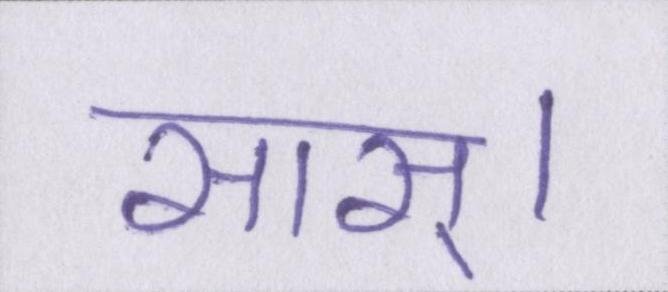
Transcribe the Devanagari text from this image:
सास्।